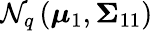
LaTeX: {\mathcal{N}}_{q}\left({\boldsymbol{\mu}}_{1},{\boldsymbol{\Sigma}}_{11}\right)